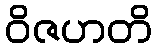
ဝိဇဟတိ